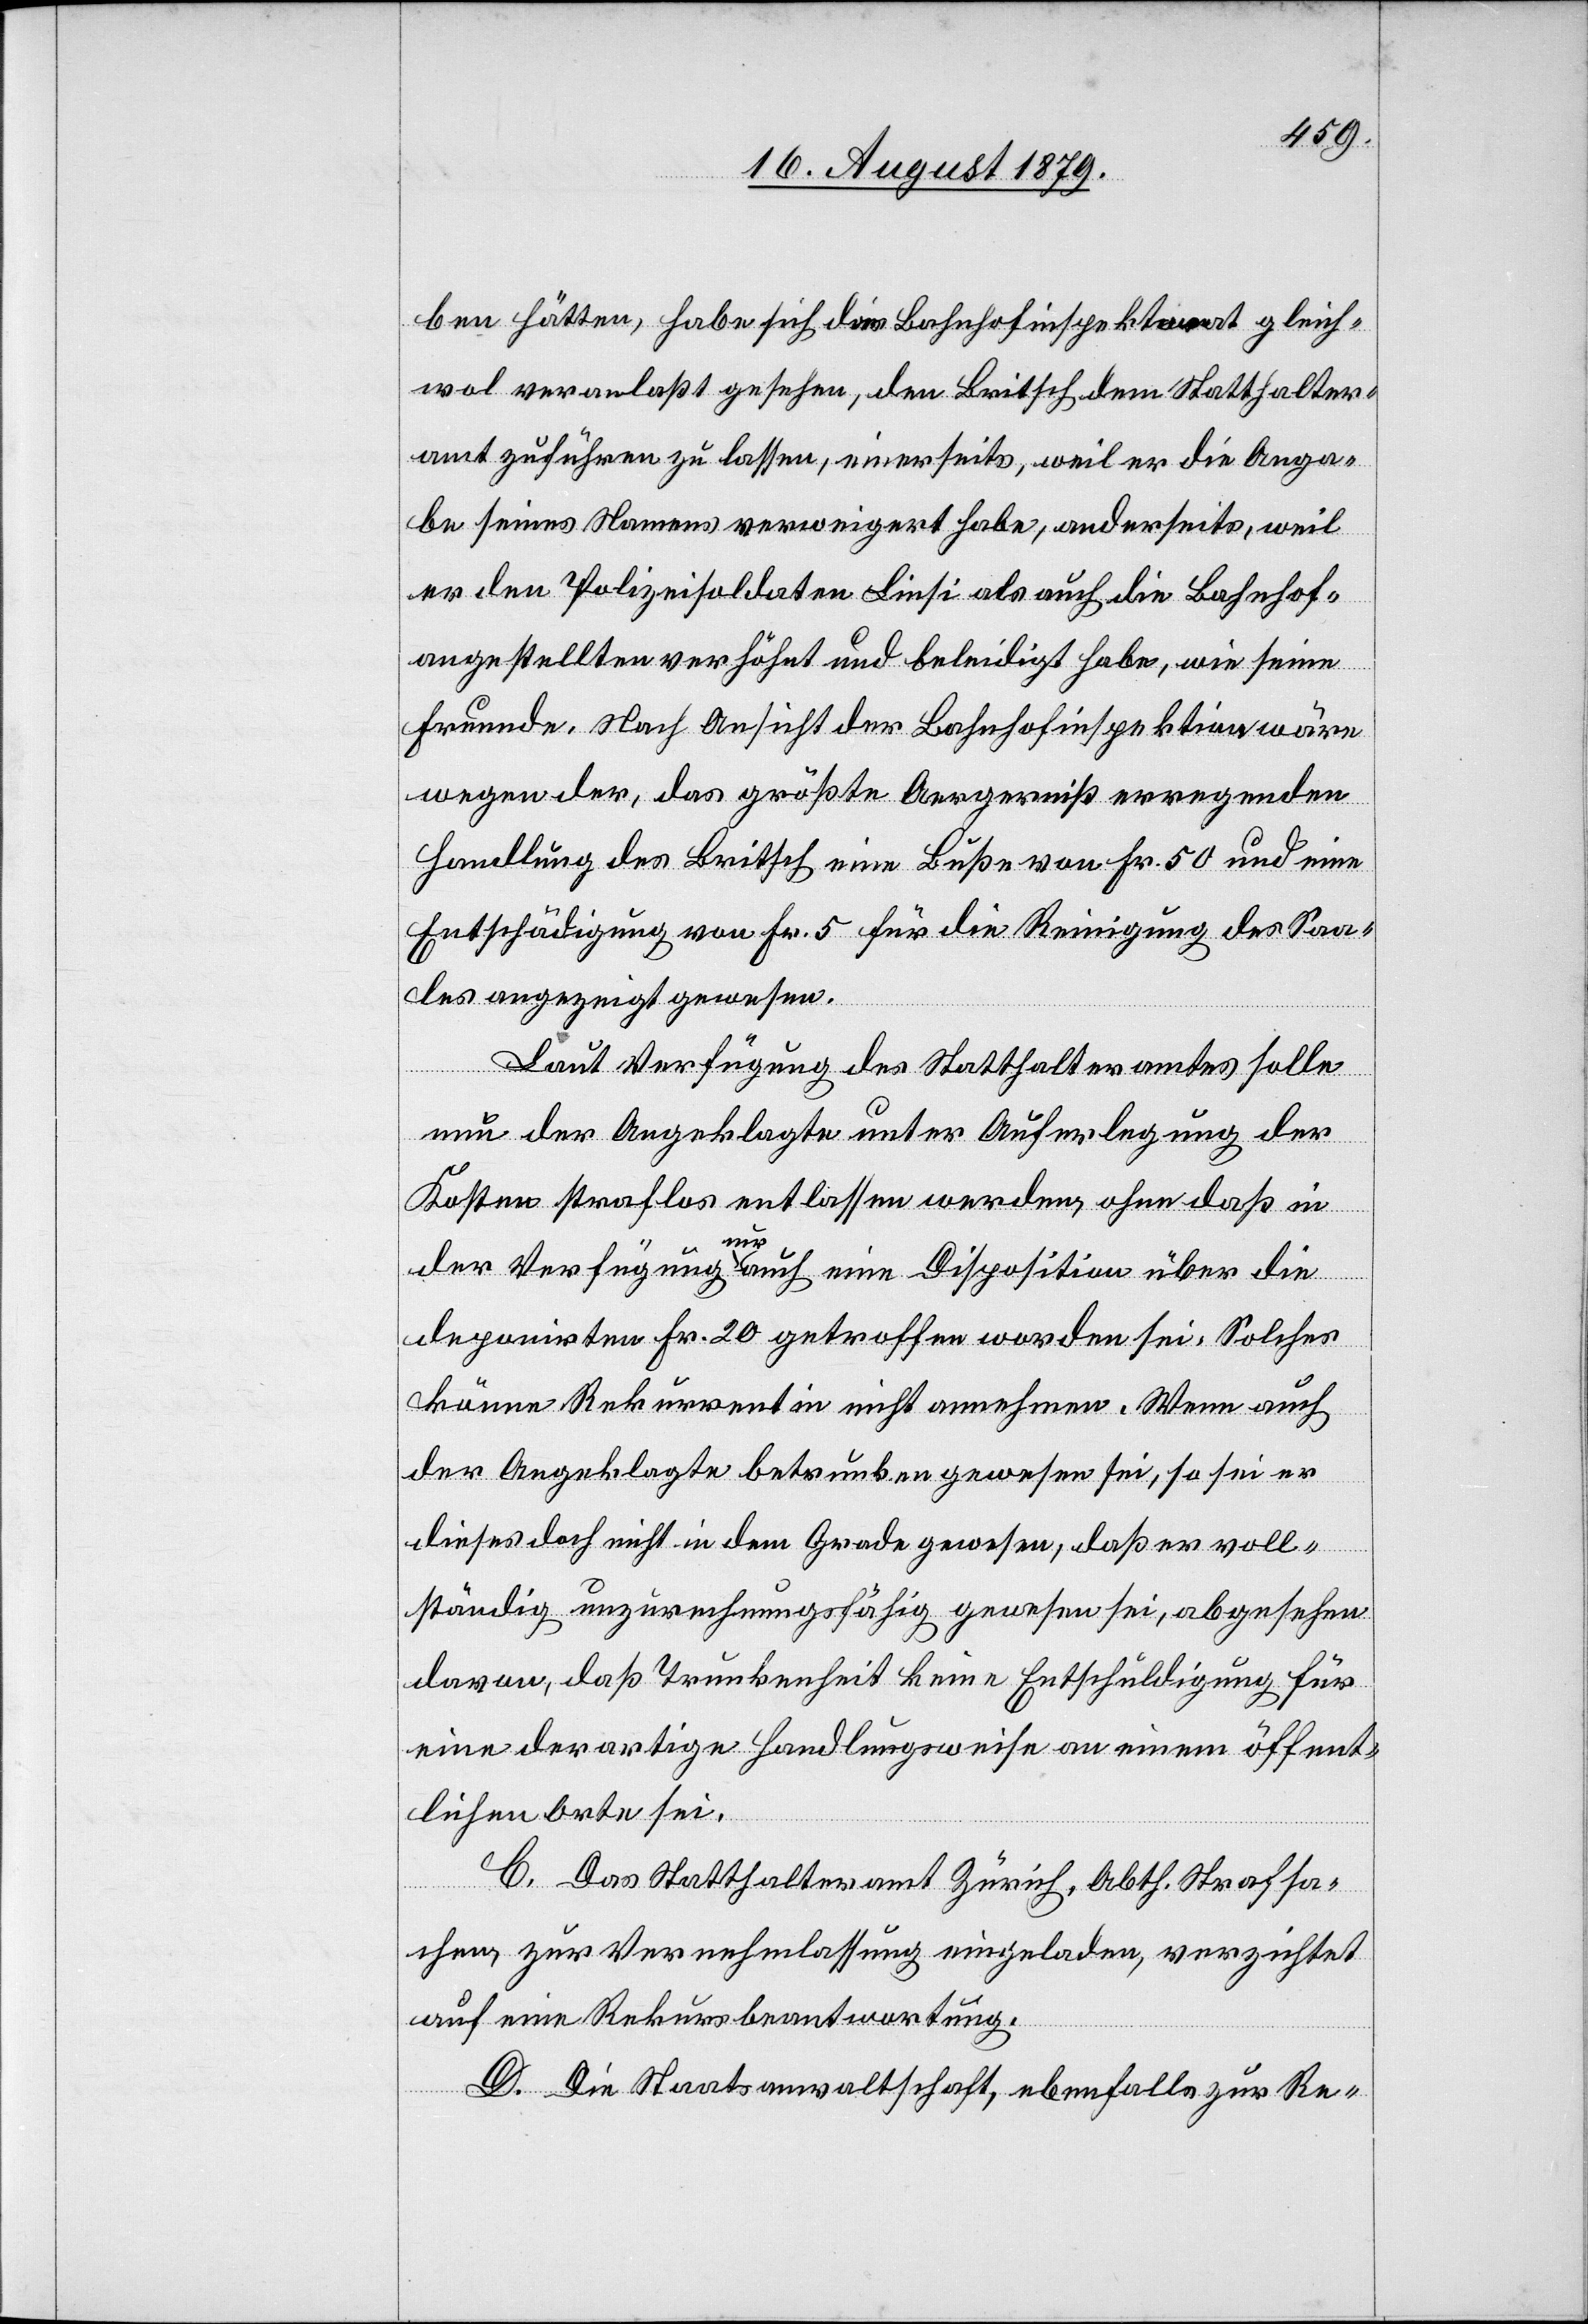
ben hätten, habe sich das Bahnhofinspektorat gleich¬
wol veranlaßt gesehen, den Breitsch dem Statthalter¬
amt zuführen zu lassen, einerseits, weil er die Anga¬
be seines Namens verweigert habe, anderseits, weil
er den Polizeisoldaten Liesi als auch die Bahnhof¬
angestellten verhöhnt und beleidigt habe, wie seine
Freunde. Nach Ansicht der Bahnhofinspektion wäre
wegen der, das größte Aergerniß erregenden
Handlung des Britsch, eine Buße von Fr. 50 und eine
Entschädigung von Fr. 5 für die Reinigung des Saa¬
les angezeigt gewesen.
Laut Verfügung des Statthalteramtes solle
nun der Angeklagte unter Auferlegung der
Kosten straflos entlassen werden, ohne daß in
der Verfügung nur auch eine Disposition über die
deponirten Fr. 20 getroffen worden sei. Solches
könne Rekurrentin nicht annehmen. Wenn auch
der angeklagte betrunken gewesen sei, so sei er
dieses doch nicht in dem Grad gewesen, daß er voll¬
ständig unzurechnungsfähig gewesen sei, abgesehen
davon, daß Trunkenheit keine Entschuldigung für
eine derartige Handlungsweise an einem öffent¬
lichen Orte sei.
C. Das Statthalteramt Zürich, Abth. Strafsa¬
chen, zur Vernehmlassung eingeladen, verzichtet
auf eine Rekursbeantwortung.
D. Die Staatsanwaltschaft, ebenfalls zur Re-